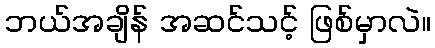
ဘယ်အချိန် အဆင်သင့် ဖြစ်မှာလဲ။